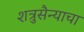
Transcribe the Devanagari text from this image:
शत्रुसैन्याचा